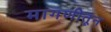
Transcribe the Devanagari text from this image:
मागणीतून